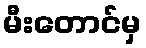
မီးတောင်မှ